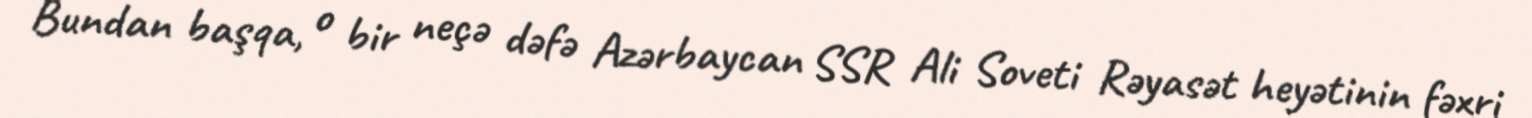
Bundan başqa, o bir neçə dəfə Azərbaycan SSR Ali Soveti Rəyasət heyətinin fəxri